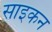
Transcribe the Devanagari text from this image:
साइकन